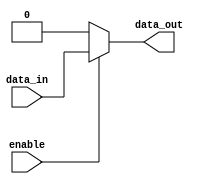
module buffer_enable(
    input data_in,
    input enable,
    output reg data_out
);

always @(*) begin
    if (enable)
        data_out = data_in;
    else
        data_out = 1'b0; // Output constant value (usually 0)
end

endmodule